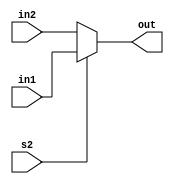
`timescale 1ns / 1ps
//////////////////////////////////////////////////////////////////////////////////
// Company: 
// Engineer: 
// 
// Design Name: 
// Module Name: mux3
// Project Name: 
// Target Devices: 
// Tool Versions: 
// Description: 
// 
// Dependencies: 
// 
// Revision:
// Revision 0.01 - File Created
// Additional Comments:
// 
//////////////////////////////////////////////////////////////////////////////////


module mux3(input [3:0] in1, in2, 
            input s2,
            output reg [3:0] out);

always @ (in1, in2, s2)
begin
    if (s2)  out = in1;
    else out = in2;
end

endmodule